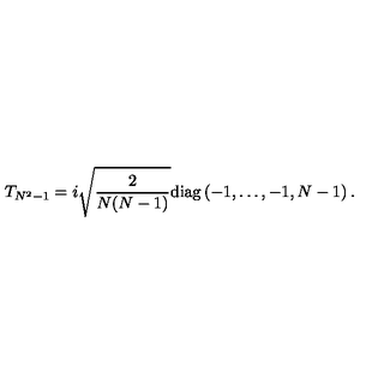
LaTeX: T _ { N ^ { 2 } - 1 } = i \sqrt { \frac { 2 } { N ( N - 1 ) } } \mathrm { d i a g } \left( - 1 , \dots , - 1 , N - 1 \right) .